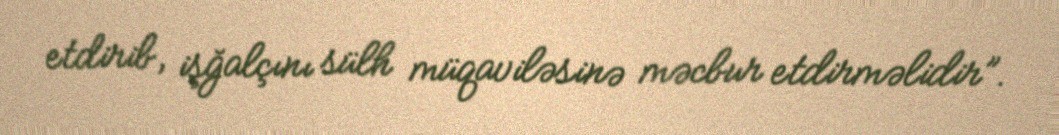
etdirib, işğalçını sülh müqaviləsinə məcbur etdirməlidir”.